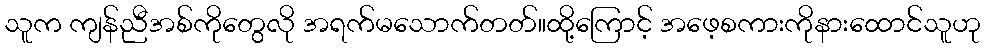
သူက ကျန်ညီအစ်ကိုတွေလို အရက်မသောက်တတ်။ထို့ကြောင့် အဖေ့စကားကိုနားထောင်သူဟု